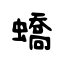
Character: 蟜